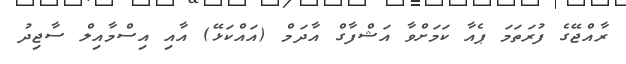
ރާއްޖޭގެ ފުރަތަމަ ޕެއާ ކަމަށްވާ އަޝްފާގް އާދަމް (އައްކަޅޭ) އާއި އިސްމާއިލް ސާޖިދު